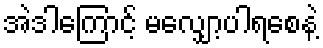
အဲဒါကြောင့် မလျှော့ပါရစေနဲ့